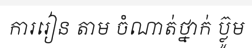
ការរៀន តាម ចំណាត់ថ្នាក់ ប្ល៊ូម